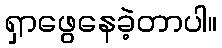
ရှာဖွေနေခဲ့တာပါ။